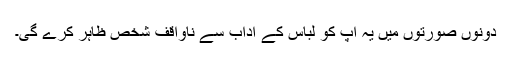
دونوں صورتوں میں یہ آپ کو لباس کے آداب سے ناواقف شخص ظاہر کرے گی۔